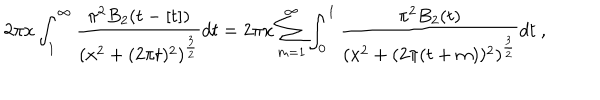
2 \pi x \int _ { 1 } ^ { \infty } { \frac { \pi ^ { 2 } B _ { 2 } ( t - [ t ] ) } { ( x ^ { 2 } + ( 2 \pi t ) ^ { 2 } ) ^ { { \frac { 3 } { 2 } } } } } d t = 2 \pi x \sum _ { m = 1 } ^ { \infty } \int _ { 0 } ^ { 1 } { \frac { \pi ^ { 2 } B _ { 2 } ( t ) } { ( x ^ { 2 } + ( 2 \pi ( t + m ) ) ^ { 2 } ) ^ { { \frac { 3 } { 2 } } } } } d t \ ,